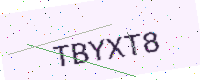
Text: TBYXT8